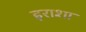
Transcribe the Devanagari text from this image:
इराशा